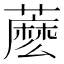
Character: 𧀋